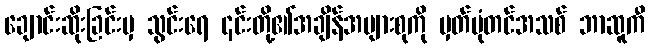
ချောင်းဆိုးခြင်းမှ သွင်းရေ ၎င်းတို့၏အချိန်အများစုကို မှတ်ပုံတင်အသစ် ဘာဆူကီ